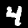
Label: 4